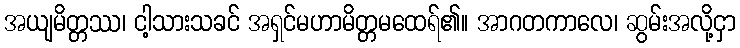
အယျမိတ္တဿ၊ ငါ့သားသခင် အရှင်မဟာမိတ္တမထေရ်၏။ အာဂတကာလေ၊ ဆွမ်းအလို့ငှာ